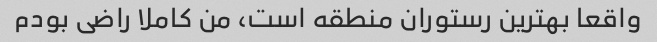
واقعا بهترین رستوران منطقه است، من کاملا راضی بودم